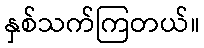
နှစ်သက်ကြတယ်။